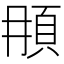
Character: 𩑞